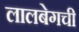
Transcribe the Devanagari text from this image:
लालबेगची